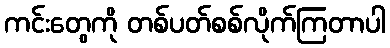
ကင်းတွေကို တစ်ပတ်စစ်လိုက်ကြတာပါ